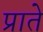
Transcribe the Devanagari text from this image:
प्राते